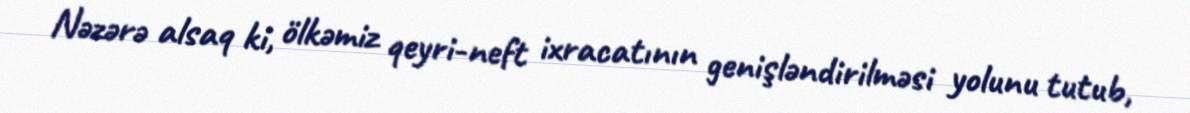
Nəzərə alsaq ki, ölkəmiz qeyri-neft ixracatının genişləndirilməsi yolunu tutub,